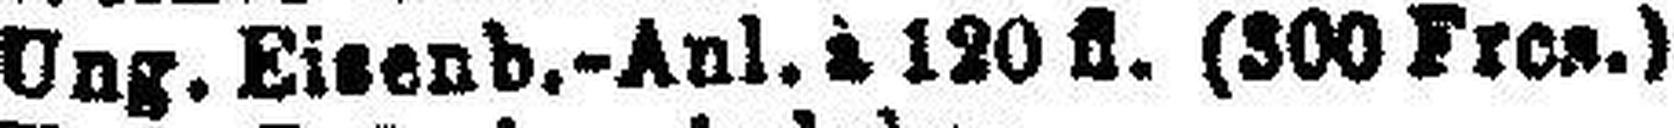
Ung. Eisenb.-Anl. à 120 fl. (300 Fres.)